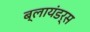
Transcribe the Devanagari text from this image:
ब्लायंडर्स